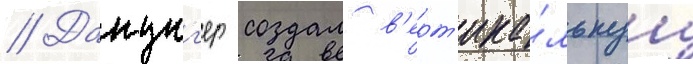
// Данциг'ер создал в'ерт'ика́льнуу